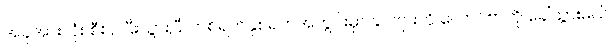
အခုအားလုံး စီစဉ်ပြီးသွားပြီ၊ တစ်ရက်နှစ်ရက်အတွင်းမှာ ခင်ဗျားကို လောင်ဗာကို ခေါ်သွားမယ်